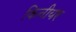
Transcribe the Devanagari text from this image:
किनीयर